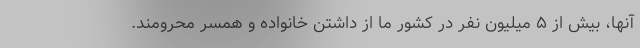
آنها، بیش از ۵ میلیون نفر در کشور ما از داشتن خانواده و همسر محرومند.